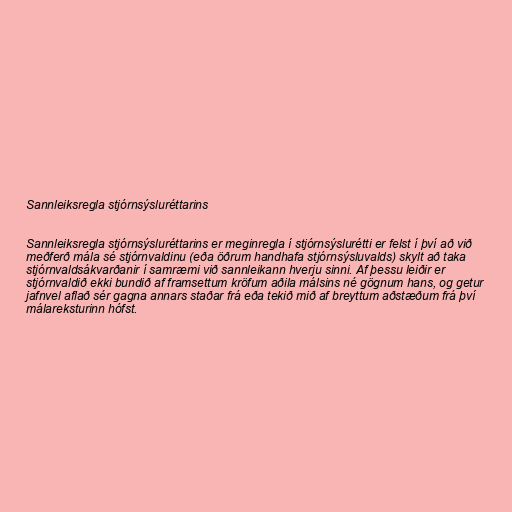
Sannleiksregla stjórnsýsluréttarins

Sannleiksregla stjórnsýsluréttarins er meginregla í stjórnsýslurétti er felst í því að við
meðferð mála sé stjórnvaldinu (eða öðrum handhafa stjórnsýsluvalds) skylt að taka
stjórnvaldsákvarðanir í samræmi við sannleikann hverju sinni. Af þessu leiðir er
stjórnvaldið ekki bundið af framsettum kröfum aðila málsins né gögnum hans, og getur
jafnvel aflað sér gagna annars staðar frá eða tekið mið af breyttum aðstæðum frá því
málareksturinn hófst.